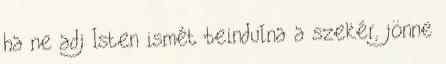
ha ne adj Isten ismét beindulna a szekér, jönne